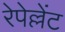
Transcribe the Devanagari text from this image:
रेपेल्लेंट